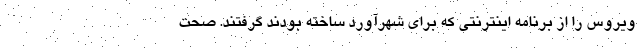
ویروس را از برنامه اینترنتی که برای شهرآورد ساخته بودند گرفتند. صحت